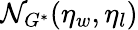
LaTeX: \mathcal{N}_{G^{\ast}}(\eta_{w},\eta_{l})